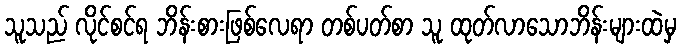
သူသည် လိုင်စင်ရ ဘိန်းစားဖြစ်လေရာ တစ်ပတ်စာ သူ ထုတ်လာသောဘိန်းများထဲမှ